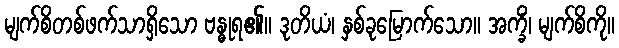
မျက်စိတစ်ဖက်သာရှိသော ဗန္ဓုရ၏။ ဒုတိယံ၊ နှစ်ခုမြောက်သော။ အက္ခိံ၊ မျက်စိကို။